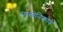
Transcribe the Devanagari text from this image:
मास्लेनिकोव